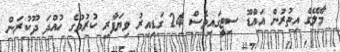
މާލޭގެ އިތުރުން އައްޑޫ ސިޓީގައިވެސް 24 ގަޑިއިރު ވިޔަފާރި ކުރުމުގެ ހުއްދަ ދޫކުރަން